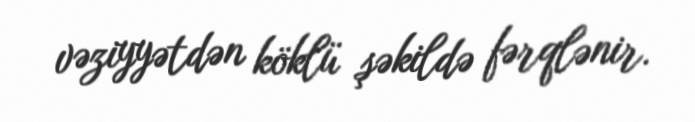
vəziyyətdən köklü şəkildə fərqlənir.